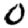
Digit: 0